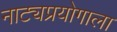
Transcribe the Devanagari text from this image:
नाट्यप्रयोगाला